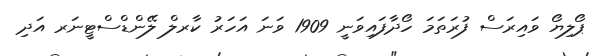
ޕޯލިޔޯ ވައިރަސް ފުރަތަމަ ހޯދާފައިވަނީ 1909 ވަނަ އަހަރު ކާރލް ލޭންޑްސްޓީނަރ އަދި